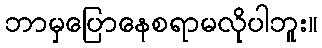
ဘာမှပြောနေစရာမလိုပါဘူး။